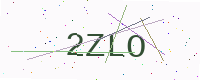
Text: 2ZLO